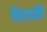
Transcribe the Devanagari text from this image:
चितापणि